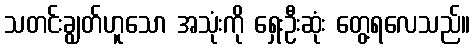
သတင်းချွတ်ဟူသော အသုံးကို ရှေးဦးဆုံး တွေ့ရလေသည်။